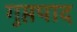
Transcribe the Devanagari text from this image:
गुप्तपाद